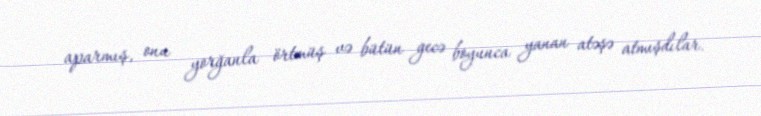
aparmış, onu yorğanla örtmüş və bütün gecə boyunca yanan atəşə atmışdılar.